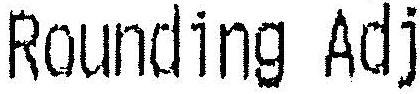
ROUNDING ADJ